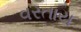
વરતાય